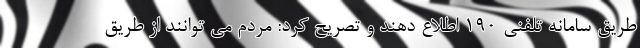
طریق سامانه تلفنی ۱۹۰ اطلاع دهند و تصریح کرد: مردم می توانند از طریق